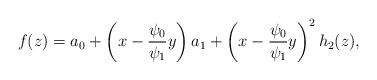
LaTeX: \begin{align*}f(z)= a_0 + \left( x - \frac{ \psi_0}{\psi_1} y \right) a_1 + \left( x - \frac{ \psi_0}{\psi_1} y \right)^2 h_2(z),\\\end{align*}